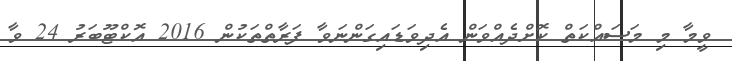
ވީމާ މި މަސައްކަތް ކޮށްދެއްވަން އެދިވަޑައިގަންނަވާ ފަރާތްތަކުން 2016 އޮކްޓޫބަރު 24 ވާ